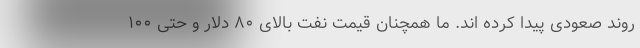
روند صعودی پیدا کرده اند. ما همچنان قیمت نفت بالای ۸۰ دلار و حتی ۱۰۰